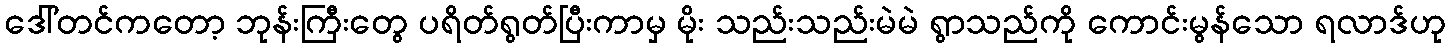
ဒေါ်တင်ကတော့ ဘုန်းကြီးတွေ ပရိတ်ရွတ်ပြီးကာမှ မိုး သည်းသည်းမဲမဲ ရွာသည်ကို ကောင်းမွန်သော ရလာဒ်ဟု